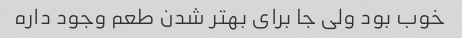
خوب بود ولی جا برای بهتر شدن طعم وجود داره